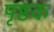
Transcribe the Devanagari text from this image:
पृष्ठक